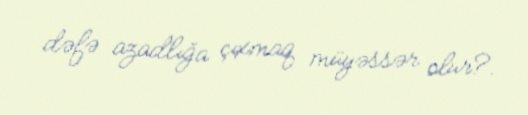
dəfə azadlığa çıxmaq müyəssər olur?.